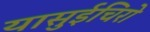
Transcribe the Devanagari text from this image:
यासुईचिरो